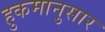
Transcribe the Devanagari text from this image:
हुकमानुसार